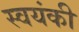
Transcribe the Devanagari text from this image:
स्वयंकी